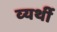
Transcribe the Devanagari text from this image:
व्‍यर्थी